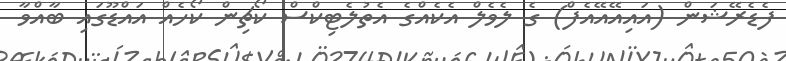
ފެޑެރޭޝަން (އައިއޭއޭއެފް) ގެ ލެވެލް އެކެއްގެ އެތުލެޓިކްސް ކޯޗިން ކޯހެއް އައްޑޫގައި ބާއްވާ